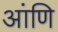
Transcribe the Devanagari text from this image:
आंणि